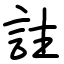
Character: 註